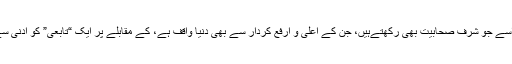
ایسے میں کس طرح نبی اکرم ﷺ کے لاڈلے نواسے جو شرف صحابیت بھی رکھتےہیں، جن کے اعلیٰ و ارفع کردار سے بھی دنیا واقف ہے، کے مقابلے پر ایک “تابعی” کو ادنیٰ سے ادنیٰ درجے میں بھی فوقیت دی جاسکتی ہے۔